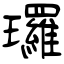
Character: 㼈